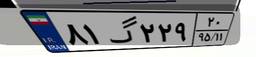
۴۲گ۱۸۱۸۸